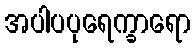
အပါပပုရေက္ခာရော